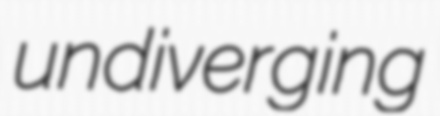
undiverging